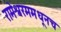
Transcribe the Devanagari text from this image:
रामेश्वरममधूनच